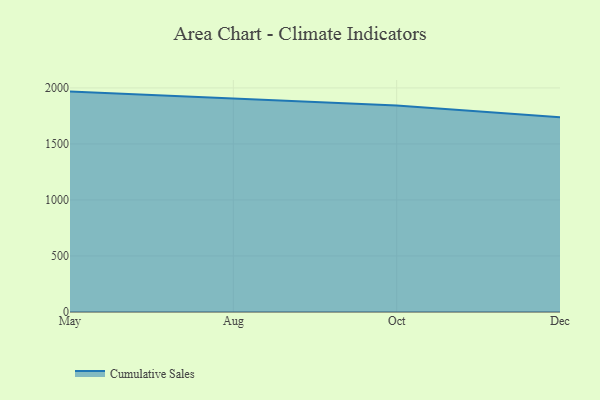
{"axis": {"x": "Month", "y": "Bounce Rate (%)"}, "legend": ["Cumulative Sales"], "data": [{"x": "May", "y": 1967.1, "type": "Cumulative Sales"}, {"x": "Aug", "y": 1905.4, "type": "Cumulative Sales"}, {"x": "Oct", "y": 1842.8, "type": "Cumulative Sales"}, {"x": "Dec", "y": 1739.0, "type": "Cumulative Sales"}]}